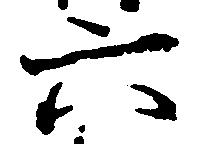
六